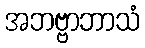
အဘဗ္ဗာဘာသံ